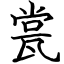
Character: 瓽